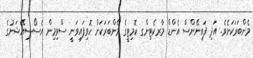
މެންބަރަކަށެވެ. އަދި ފައިނޭންސް އެންޑް މާރކެޓިންގ ކޮމިޓީގެ މެންބަރަކަށް ހޮވިފައިވަނީ ސްވިމިން އެސޯސިއޭޝަނުގެ